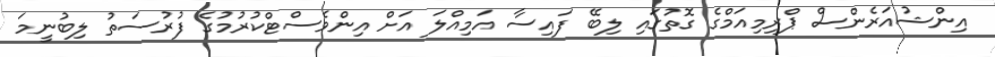
އިންޝުއަރެންސް ޕްރިމިއަމްގެ ގޮތުގައި ލިބޭ ފައިސާ އަމިއްލަ އަށް އިންވެސްޓްކުރުމުގެ ފުރުސަތު ލިބުނީމަ